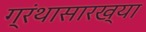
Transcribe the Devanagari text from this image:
ग्रंथासारख्या